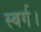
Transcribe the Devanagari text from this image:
स्वर्ग।